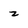
Character: z